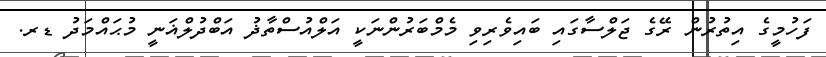
ފަހުމީގެ އިތުރުން ރޭގެ ޖަލްސާގައި ބައިވެރިވި މެމްބަރުންނަކީ އަލްއުސްތާޛު އަބްދުލްޣަނީ މުޙައްމަދު ޑރ.